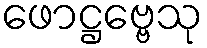
ဖောဋ္ဌဗ္ဗေသု